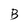
Character: B